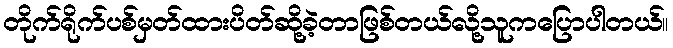
တိုက်ရိုက်ပစ်မှတ်ထားပိတ်ဆို့ခဲ့တာဖြစ်တယ်လို့သူကပြောပါတယ်။